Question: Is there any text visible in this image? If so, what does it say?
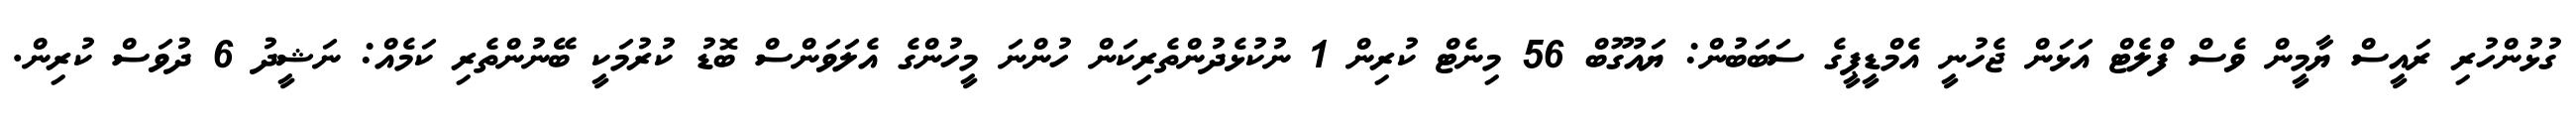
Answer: ގުޅުންހުރި ރައީސް ޔާމީން ވެސް ފްލެޓް އަޅަން ޖެހުނީ އެމްޑީޕީގެ ސަބަބުން: ޔައުގޫބް 56 މިނެޓް ކުރިން 1 ނުކުޅެދުންތެރިކަން ހުންނަ މީހުންގެ އެލަވަންސް ބޮޑު ކުރުމަކީ ބޭނުންތެރި ކަމެއް: ނަޝީދު 6 ދުވަސް ކުރިން.